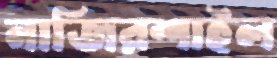
নাজিরশাইল